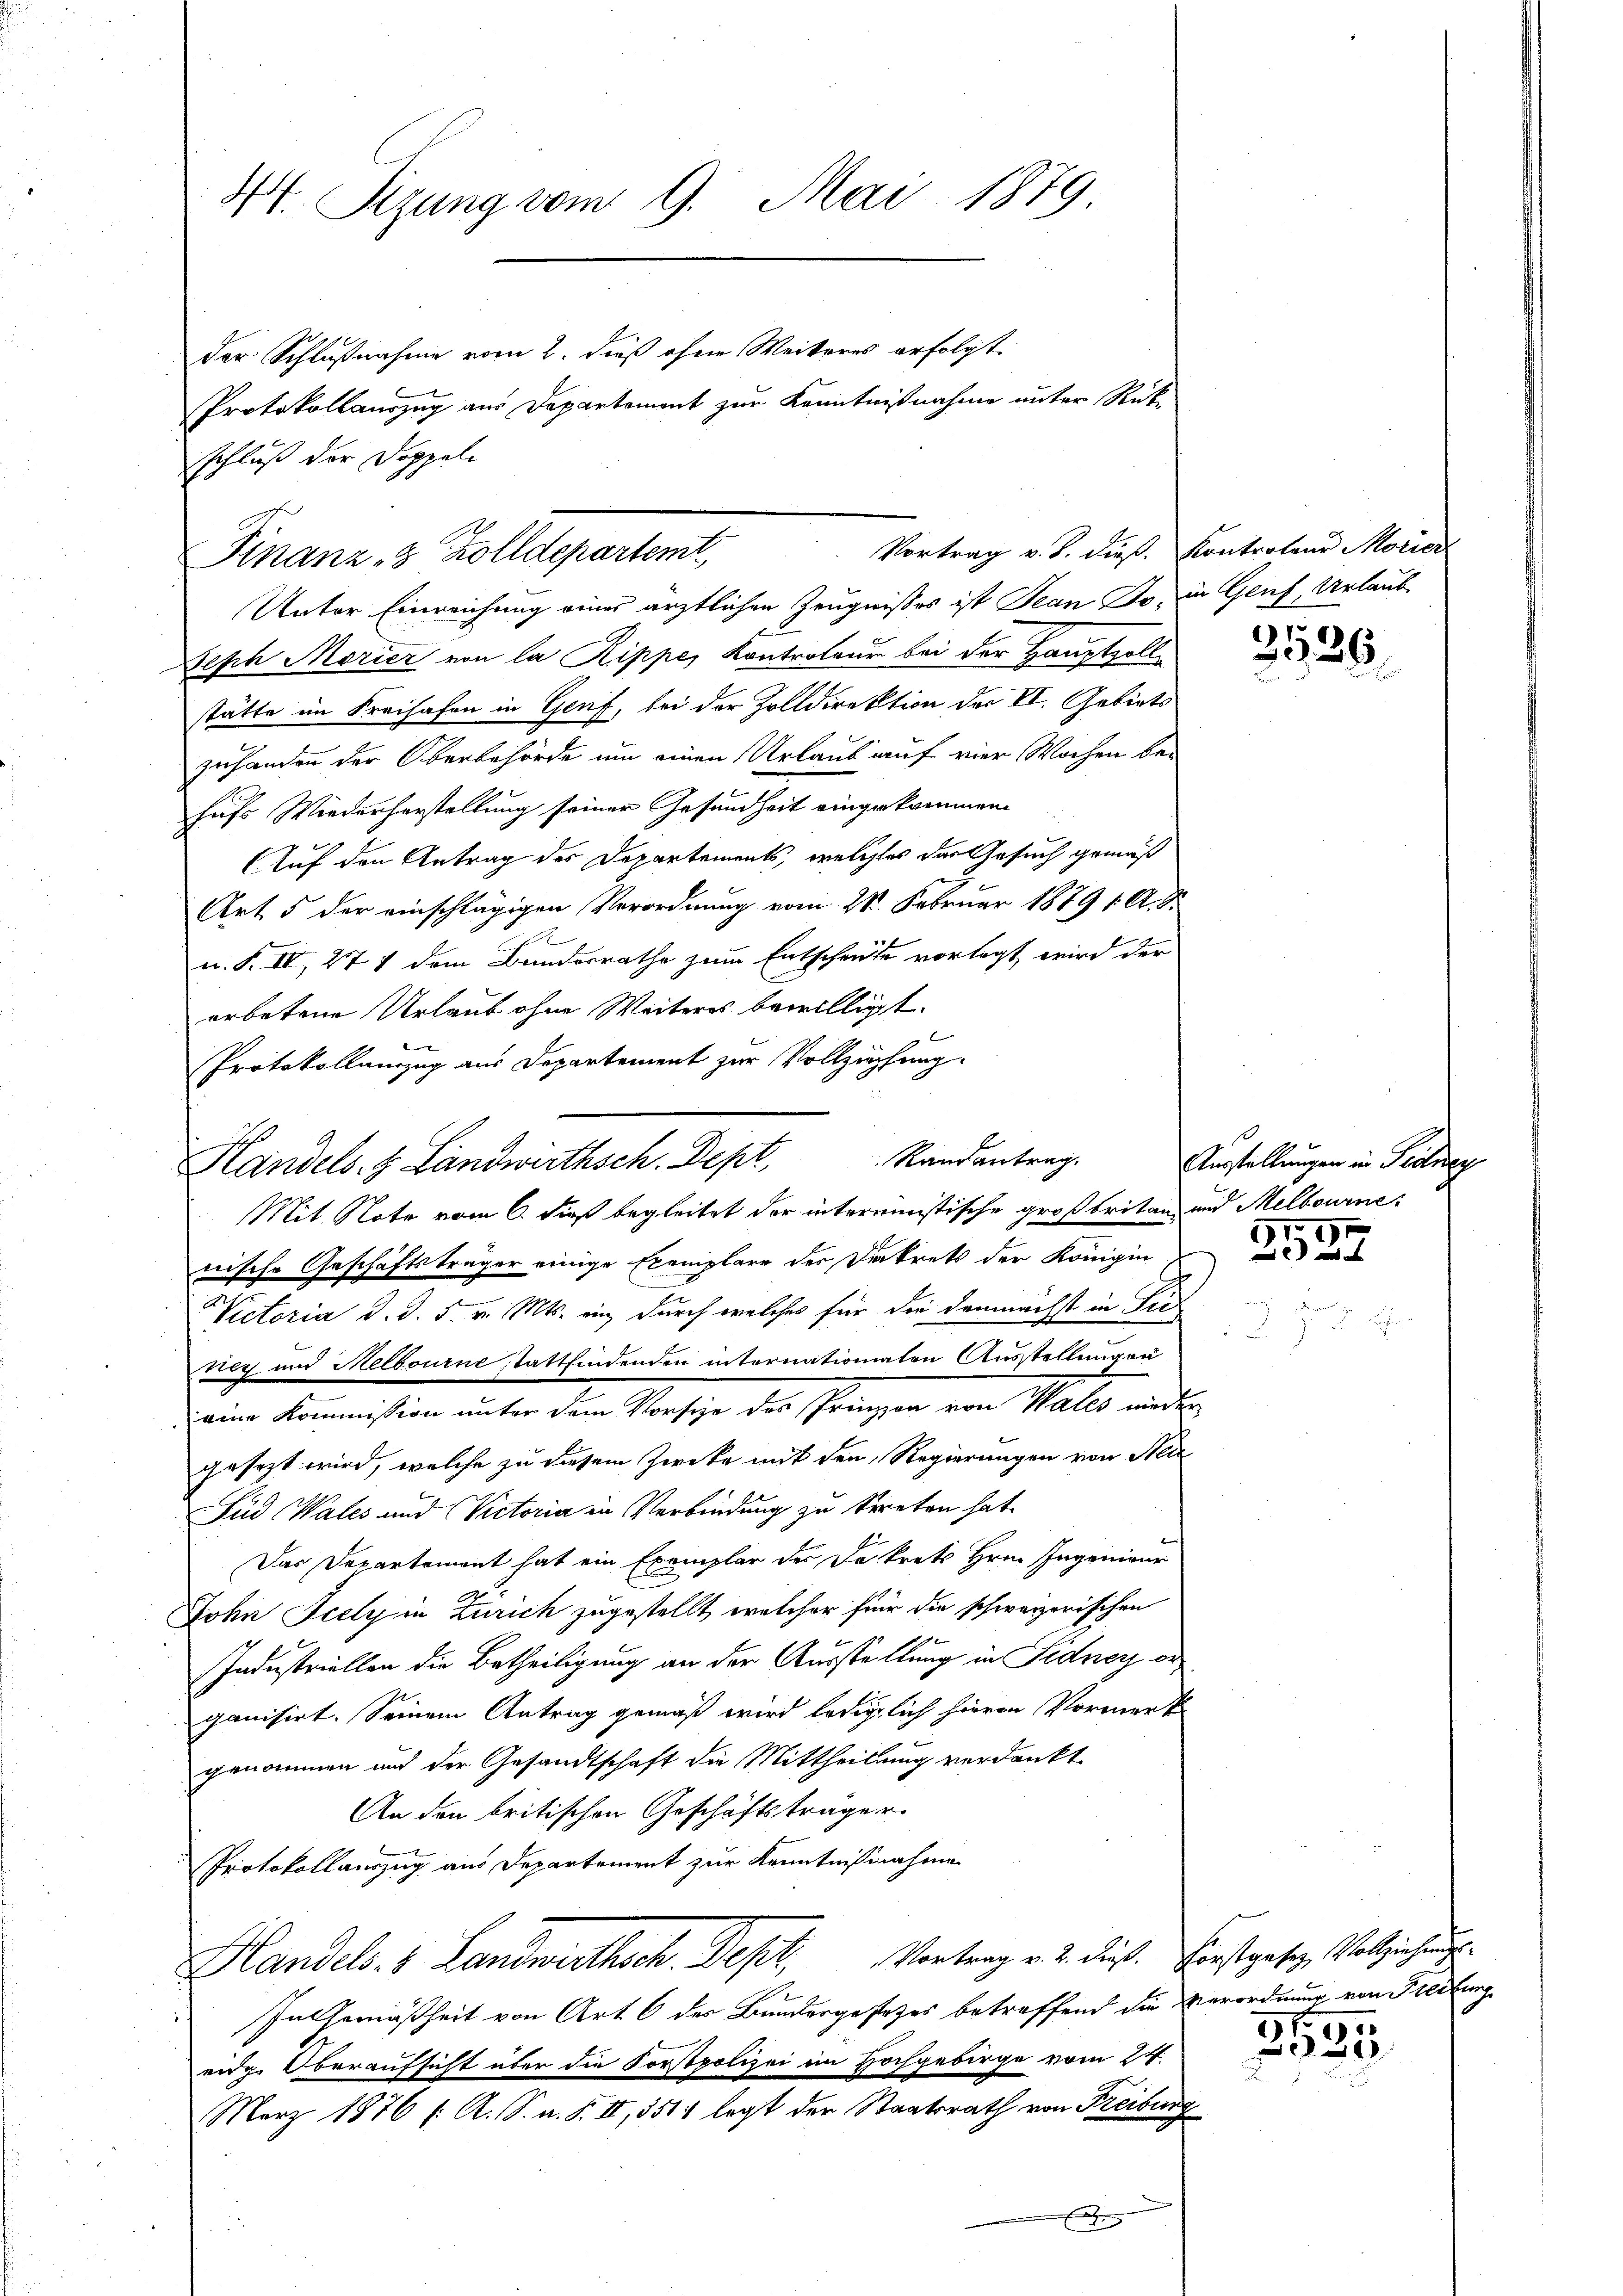
schluß der Doppele

44. Sizung vom 9. Mai 1879
der Schlußnahme vom 2. dieß ohne Weiteres erfolgt.
Protokollauszug aus Departement zur Kenntnißnahme unter Rük¬

Vortrag v. J. dieß Kontrateur Morier
Finanz- & Zolldepartemt,

Unter Einreichung einer ärztlichen Zeugnisses ist Jean Jo, in Genf, Urlaub
Seph Morier von la Rippe, Kontroleur bei der Hauptvollstätte im Freihafen in Genf, bei der Zolldirektion der VI. Gebiets
zuhanden der Oberbehörde um einen Urlaub auf vier Wochen bei
hufs Wiederherstellung seiner Gesundheit eingekommen.
Auf den Antrag des Departements, welches das Gesuch gemäß
Art 5 der einschlägigen Verordnung vom 28. Februar 1879 1. A. S.
n. F. IV, 274 dem Bundesrathe zum Entscheute vorlegt wird der
erbetene Urlaub ohne Weiteres bewilligt.

Protokollanzug aus Departement zur Vollziehung.
Mit Note vom 6. dieß begleitet der interministische großbritan und Melbournenische Geschäftsträger einige Exemplare des Dekrets der Königin
Victoria d. d. 5. v. Mts. ein, durch welches für die demnächst in Sie
ney und Melbourne stattfindenden intornationaten Ausstellungen
eine Kommission unter dem Vorsiche des Prinzen von Vales und
gesezt wird, welche zu diesem Zwecke mit den Regierungen von Stei
Fud Wales und Victoria in Verbindung zu bereten hat.
Das Departement hat ein Exemplar der Dekrets Hrn. Ingenieur
John Icely in Zürich zugestellt, welcher für die schweizerischen
Industriellen die Betheiligung an der Ausstellung in Sidner de
ganisirt. Seinem Antrag gemäß wird lediglich hievon Vormerk
genommen und der Gesandtschaft die Mittheilung verdankt
An den britischen Geschäftsträger
Protokollauszug aus Departement zur Kenntnißnahme
Handels- & Landwirthsch. Dept, Vortrag v. 2. dieß. Erstgesetz, Vollziehung
In Gemäßheit von Art. 6 der Bundesgesezes betreffend die Verordnung von Freitung
eidg. Oberaufsicht über die Forstpolizei im Hochgebirge vom 24.
März 1876 f. A. S. a. S. II, 5514 legt der Staatsrath von Freiburg
E

Handels. z. Landwirthsch. Dept. Randantrag.

14)
Z: 26

Ausstellungen in Teilney
)

1
91

30
e